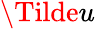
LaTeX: \Tilde{u}